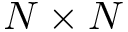
N \times N